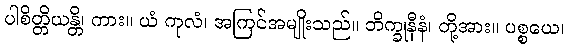
ပါစိတ္တိယန္တိ၊ ကား။ ယံ ကုလံ၊ အကြင်အမျိုးသည်။ ဘိက္ခုနီနံ၊ တို့အား။ ပစ္စယေ၊